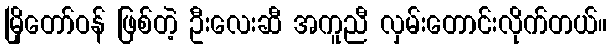
မြိုတော်ဝန် ဖြစ်တဲ့ ဦးလေးဆီ အကူညီ လှမ်းတောင်းလိုက်တယ်။